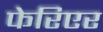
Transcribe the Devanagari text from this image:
फेरिएर